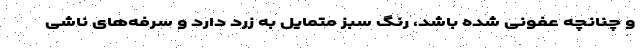
و چنانچه عفونی شده باشد، رنگ سبز متمایل به زرد دارد و سرفه‌های ناشی